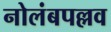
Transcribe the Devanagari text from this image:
नोलंबपल्लव